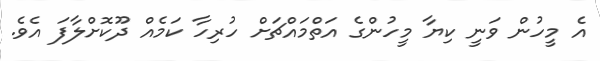
އެ މީހުން ވަނީ ކިޔާ މީހުންގެ އަތްމައްޗަށް ހުރިހާ ކަމެއް ދޫކޮށްލާފަ އެވެ.